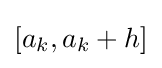
[a_{k},a_{k}+h]